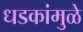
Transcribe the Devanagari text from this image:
धडकांमुळे